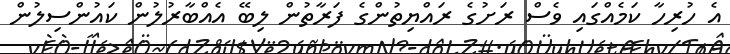
އެ ހުރިހާ ކަމެއްގައި ވެސް ރަށުގެ ރައްޔިތުންގެ ފަރާތުން ލިބޭ އެއްބާރުލުން ކައުންސިލުން